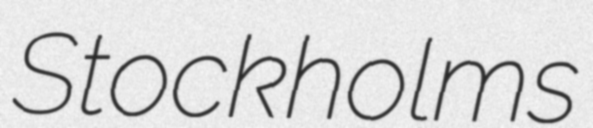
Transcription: Stockholms